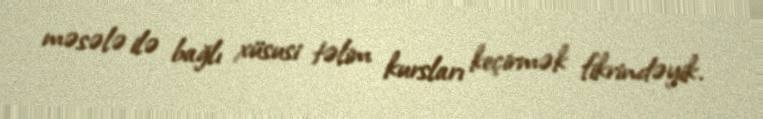
məsələ ilə bağlı xüsusi təlim kursları keçirmək fikrindəyik.